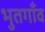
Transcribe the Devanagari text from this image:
भुतगाँव